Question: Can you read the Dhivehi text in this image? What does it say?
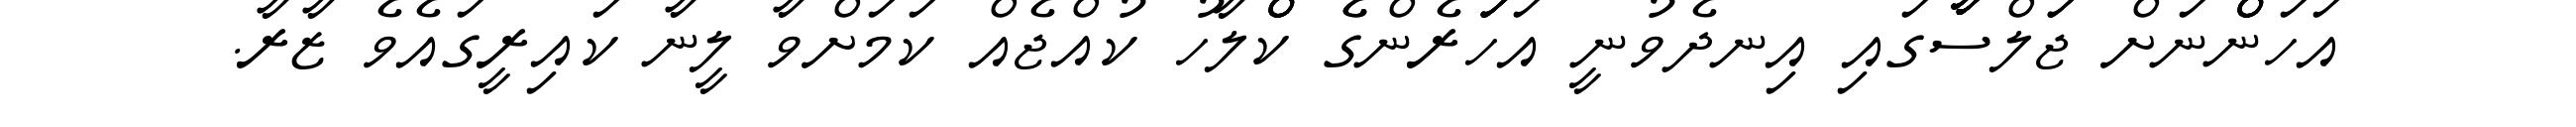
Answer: އަހަންްްްްނަށް ޖަަލްސާާާާާާގައި އިނދެވުނީ އަހަަަަަރެންގެެ ކްްްްްލާހު ކުއްޖެއް ކަމަށްވާ ލީނާ ކައިރީގައެވެ ޒާރާ.